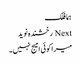
ہما فلک
Next رخشندہ نوید
میرا کوئی امیج نہیں۔